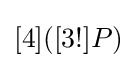
[4]([3!]P)